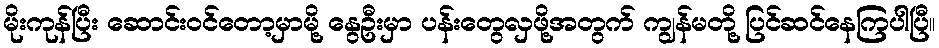
မိုးကုန်ပြီး ဆောင်းဝင်တော့မှာမို့ နွေဦးမှာ ပန်းတွေလှဖို့အတွက် ကျွန်မတို့ ပြင်ဆင်နေကြပါပြီ။